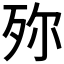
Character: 𣧢